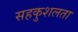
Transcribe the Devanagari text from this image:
सहकुशलता